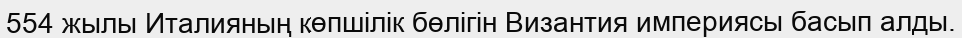
554 жылы Италияның көпшілік бөлігін Византия империясы басып алды.